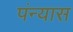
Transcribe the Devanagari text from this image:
पंन्यास